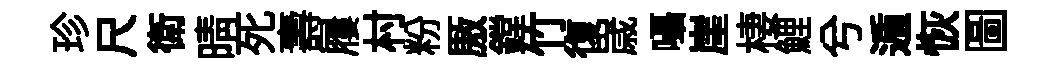
珍尺衛晴死壽屨村粉厫鏜竹復𡻕囁崖棲鯉兮遁恢圖